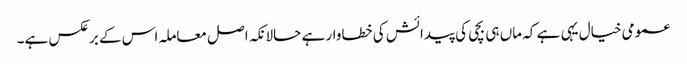
عمومی خیال یہی ہے کہ ماں ہی بچی کی پیدائش کی خطاوار ہے حالانکہ اصل معاملہ اس کے برعکس ہے۔